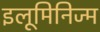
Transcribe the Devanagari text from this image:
इलूमिनिज्म